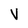
Character: V